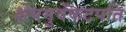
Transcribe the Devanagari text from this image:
शेषमुवेंकटपति